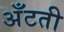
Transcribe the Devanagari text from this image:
अँटती